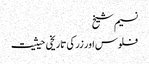
نسیم شیخ
فلوس اور زر کی تاریخی حیثیت